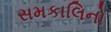
સમકાલિનો